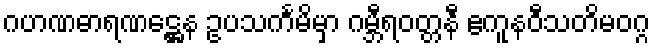
ဂဟဏဓာရဏဋ္ဌေန ဥပသင်္ကမိမှာ ဂမ္ဘီရဝတ္တနီ ဧကူနဝီသတိမဝဂ္ဂ